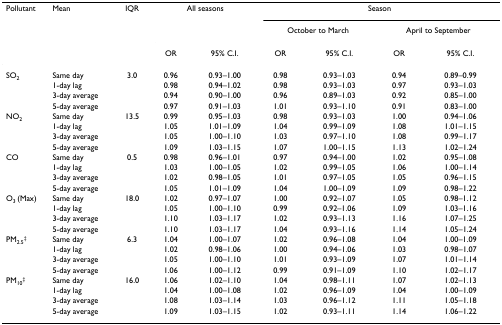
<table><thead><tr><td><b>Pollutant</b></td><td><b>Mean</b></td><td><b>IQR</b></td><td colspan="2"><b>All seasons</b></td><td colspan="4"><b>Season</b></td></tr><tr><td></td><td></td><td></td><td></td><td></td><td colspan="2"><b>October to March</b></td><td colspan="2"><b>April to September</b></td></tr><tr><td></td><td></td><td></td><td><b>OR</b></td><td><b>95% C.I.</b></td><td><b>OR</b></td><td><b>95% C.I.</b></td><td><b>OR</b></td><td><b>95% C.I.</b></td></tr></thead><tbody><tr><td>SO<sub>2</sub></td><td>Same day</td><td>3.0</td><td>0.96</td><td>0.93–1.00</td><td>0.98</td><td>0.93–1.03</td><td>0.94</td><td>0.89–0.99</td></tr><tr><td></td><td>1-day lag</td><td></td><td>0.98</td><td>0.94–1.02</td><td>0.98</td><td>0.93–1.03</td><td>0.97</td><td>0.93–1.03</td></tr><tr><td></td><td>3-day average</td><td></td><td>0.94</td><td>0.90–1.00</td><td>0.96</td><td>0.89–1.03</td><td>0.92</td><td>0.85–1.00</td></tr><tr><td></td><td>5-day average</td><td></td><td>0.97</td><td>0.91–1.03</td><td>1.01</td><td>0.93–1.10</td><td>0.91</td><td>0.83–1.00</td></tr><tr><td>NO<sub>2</sub></td><td>Same day</td><td>13.5</td><td>0.99</td><td>0.95–1.03</td><td>0.98</td><td>0.93–1.03</td><td>1.00</td><td>0.94–1.06</td></tr><tr><td></td><td>1-day lag</td><td></td><td>1.05</td><td>1.01–1.09</td><td>1.04</td><td>0.99–1.09</td><td>1.08</td><td>1.01–1.15</td></tr><tr><td></td><td>3-day average</td><td></td><td>1.05</td><td>1.00–1.10</td><td>1.03</td><td>0.97–1.10</td><td>1.08</td><td>0.99–1.17</td></tr><tr><td></td><td>5-day average</td><td></td><td>1.09</td><td>1.03–1.15</td><td>1.07</td><td>1.00–1.15</td><td>1.13</td><td>1.02–1.24</td></tr><tr><td>CO</td><td>Same day</td><td>0.5</td><td>0.98</td><td>0.96–1.01</td><td>0.97</td><td>0.94–1.00</td><td>1.02</td><td>0.95–1.08</td></tr><tr><td></td><td>1-day lag</td><td></td><td>1.03</td><td>1.00–1.05</td><td>1.02</td><td>0.99–1.05</td><td>1.06</td><td>1.00–1.14</td></tr><tr><td></td><td>3-day average</td><td></td><td>1.02</td><td>0.98–1.05</td><td>1.01</td><td>0.97–1.05</td><td>1.05</td><td>0.96–1.15</td></tr><tr><td></td><td>5-day average</td><td></td><td>1.05</td><td>1.01–1.09</td><td>1.04</td><td>1.00–1.09</td><td>1.09</td><td>0.98–1.22</td></tr><tr><td>O<sub>3 </sub>(Max)</td><td>Same day</td><td>18.0</td><td>1.02</td><td>0.97–1.07</td><td>1.00</td><td>0.92–1.07</td><td>1.05</td><td>0.98–1.12</td></tr><tr><td></td><td>1-day lag</td><td></td><td>1.05</td><td>1.00–1.10</td><td>0.99</td><td>0.92–1.06</td><td>1.09</td><td>1.03–1.16</td></tr><tr><td></td><td>3-day average</td><td></td><td>1.10</td><td>1.03–1.17</td><td>1.02</td><td>0.93–1.13</td><td>1.16</td><td>1.07–1.25</td></tr><tr><td></td><td>5-day average</td><td></td><td>1.10</td><td>1.03–1.17</td><td>1.04</td><td>0.93–1.16</td><td>1.14</td><td>1.05–1.24</td></tr><tr><td>PM<sub>2.5</sub><sup>‡</sup></td><td>Same day</td><td>6.3</td><td>1.04</td><td>1.00–1.07</td><td>1.02</td><td>0.96–1.08</td><td>1.04</td><td>1.00–1.09</td></tr><tr><td></td><td>1-day lag</td><td></td><td>1.02</td><td>0.98–1.06</td><td>1.00</td><td>0.94–1.06</td><td>1.03</td><td>0.98–1.07</td></tr><tr><td></td><td>3-day average</td><td></td><td>1.05</td><td>1.00–1.10</td><td>1.01</td><td>0.93–1.09</td><td>1.07</td><td>1.01–1.14</td></tr><tr><td></td><td>5-day average</td><td></td><td>1.06</td><td>1.00–1.12</td><td>0.99</td><td>0.91–1.09</td><td>1.10</td><td>1.02–1.17</td></tr><tr><td>PM<sub>10</sub><sup>‡</sup></td><td>Same day</td><td>16.0</td><td>1.06</td><td>1.02–1.10</td><td>1.04</td><td>0.98–1.11</td><td>1.07</td><td>1.02–1.13</td></tr><tr><td></td><td>1-day lag</td><td></td><td>1.04</td><td>1.00–1.08</td><td>1.02</td><td>0.96–1.09</td><td>1.04</td><td>1.00–1.09</td></tr><tr><td></td><td>3-day average</td><td></td><td>1.08</td><td>1.03–1.14</td><td>1.03</td><td>0.96–1.12</td><td>1.11</td><td>1.05–1.18</td></tr><tr><td></td><td>5-day average</td><td></td><td>1.09</td><td>1.03–1.15</td><td>1.02</td><td>0.93–1.11</td><td>1.14</td><td>1.06–1.22</td></tr></tbody></table>